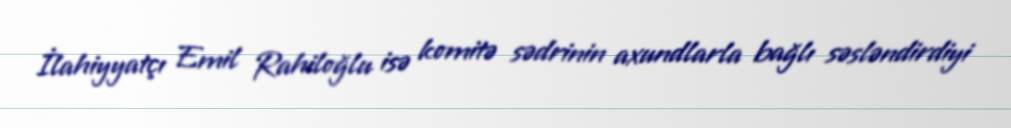
İlahiyyatçı Emil Rahiloğlu isə komitə sədrinin axundlarla bağlı səsləndirdiyi